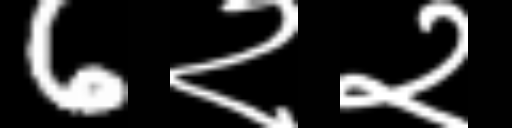
Text: 6२२